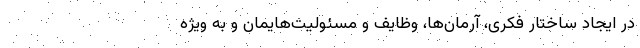
در ایجاد ساختار فکری‌، آرمان‌ها، وظایف و مسئولیت‌هایمان و به ویژه